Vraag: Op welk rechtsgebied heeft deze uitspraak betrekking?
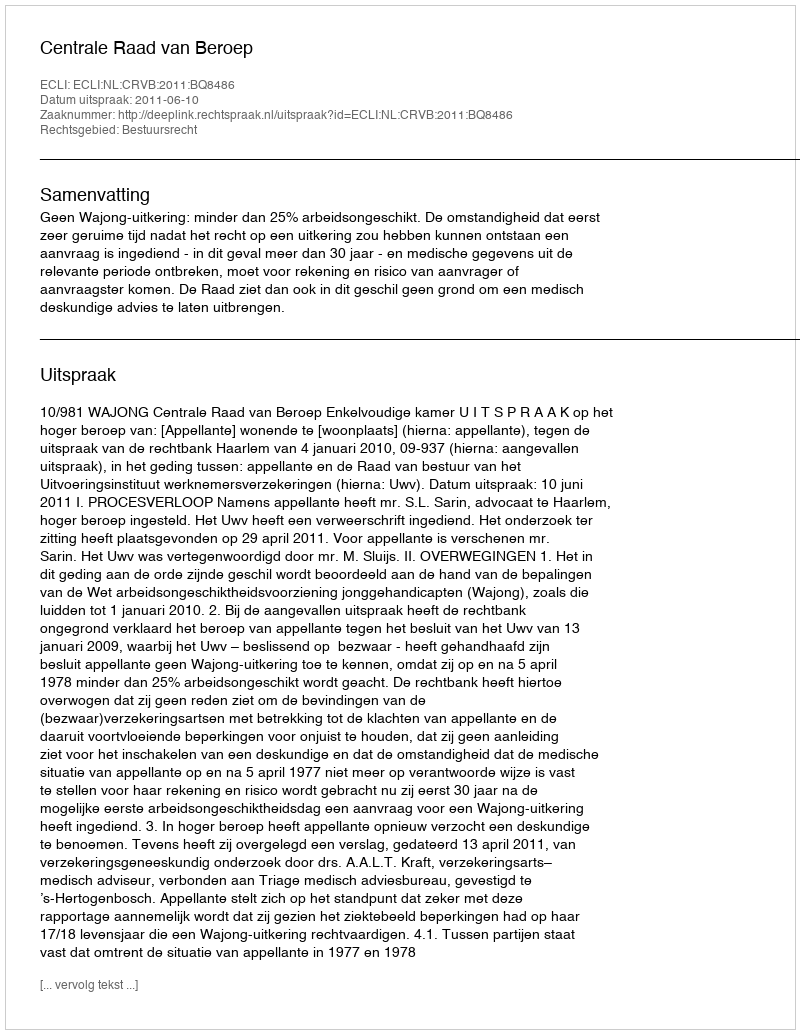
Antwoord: Bestuursrecht